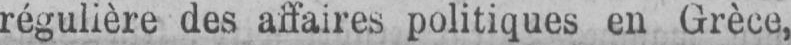
des affaires politiques en Grèce,